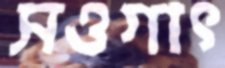
সওগাৎ